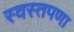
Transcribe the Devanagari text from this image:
स्वस्तपणा